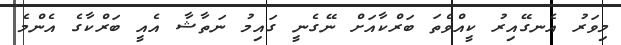
މިވަރު އެނގޭއިރު ކީއްވެތަ ބަރްކާއަށް ނޭގެނީ ގައިމު ނަތާޝާ އެއީ ބަރްކާގެ އެންމެ